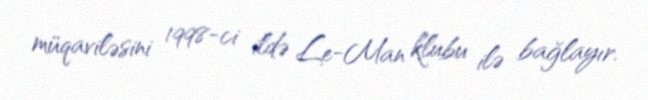
müqaviləsini 1998-ci ildə Le-Man klubu ilə bağlayır.